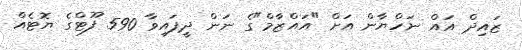
ޒައިދް އައް ނަހްޔާން އަށް "އައްޒާމް"ގެ ނަން ދީފައިވާ 590 ފޫޓްގެ ޔޮޓެއް